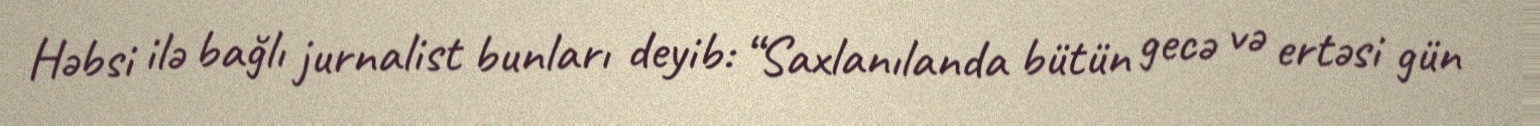
Həbsi ilə bağlı jurnalist bunları deyib: “Saxlanılanda bütün gecə və ertəsi gün